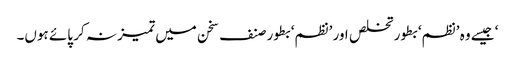
‘ جیسے وہ ’نظم‘ بطور تخلص اور ’نظم‘ بطور صنف سخن میں تمیز نہ کر پائے ہوں۔